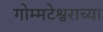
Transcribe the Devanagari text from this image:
गोम्मटेश्वराच्या